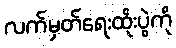
လက်မှတ်ရေးထိုးပွဲကို